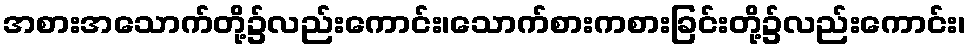
အစားအသောက်တို့၌လည်းကောင်း၊သောက်စားကစားခြင်းတို့၌လည်းကောင်း၊